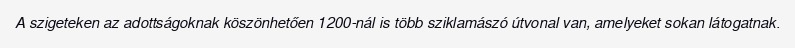
A szigeteken az adottságoknak köszönhetően 1200-nál is több sziklamászó útvonal van, amelyeket sokan látogatnak.